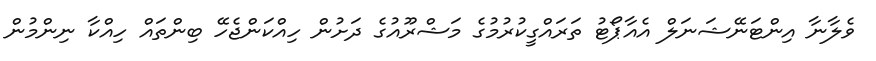
ވެލާނާ އިންޓަނޭޝަނަލް އެއާޕޯޓު ތަރައްގީކުރުމުގެ މަޝްރޫއުގެ ދަށުން ހިއްކަންޖެހޭ ބިންތައް ހިއްކާ ނިންމުން